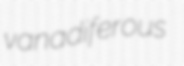
vanadiferous